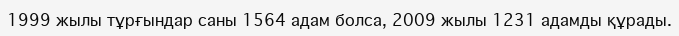
1999 жылы тұрғындар саны 1564 адам болса, 2009 жылы 1231 адамды құрады.